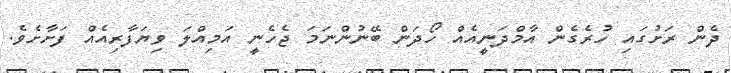
ދެން ރަށުގައި ހުރެގެން އާމްދަނީއެއް ހޯދަން ބޭނުންނަމަ ޖެހެނީ އަމިއްލަ ވިޔަފާރިއެއް ފަށާށެވެ.